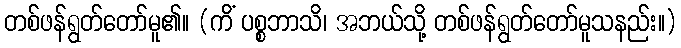
တစ်ဖန်ရွတ်တော်မူ၏။ (ကိံ ပစ္စဘာသိ၊ အဘယ်သို့ တစ်ဖန်ရွတ်တော်မူသနည်း။)